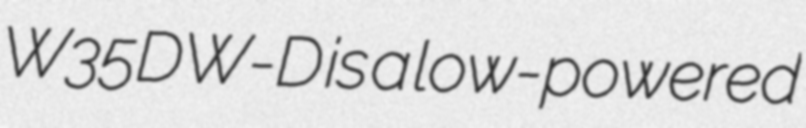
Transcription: W35DW-D is a low-powered